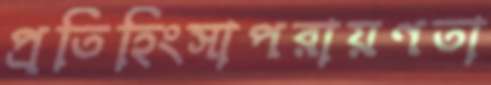
প্রতিহিংসাপরায়ণতা